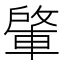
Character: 𮝕